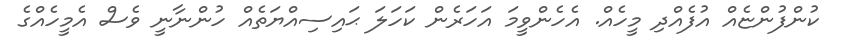
ކުންފުންޏެއް އުފެއްދި މީހެއް. އެހެންވީމަ އަހަރެން ކަހަލަ ޙައިސިއްޔަތެއް ހުންނާނީ ވެސް އެމީހެއްގެ